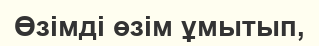
Өзімді өзім ұмытып,